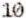
10